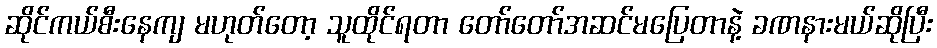
ဆိုင်ကယ်စီးနေကျ မဟုတ်တော့ သူထိုင်ရတာ တော်တော်အဆင်မပြေတာနဲ့ ခဏနားမယ်ဆိုပြီး